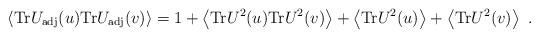
LaTeX: \begin{align*}\left<{\rm Tr} U_{\rm adj}(u){\rm Tr} U_{\rm adj}(v)\right>=1+\left<{\rm Tr}U^2(u) {\rm Tr} U^2(v)\right>+\left<{\rm Tr}U^2(u)\right> +\left<{\rm Tr} U^2(v)\right>\ .\end{align*}